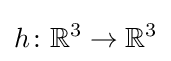
h\colon \mathbb {R} ^{3}\to \mathbb {R} ^{3}